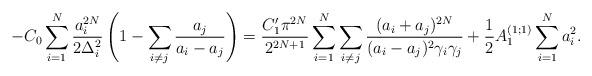
LaTeX: \begin{align*}-C_{0} \sum^{N}_{i=1} \frac{a^{2N}_{i}}{2 \Delta^{2}_{i}} \left(1 - \sum_{i \neq j} \frac{a_{j}}{a_{i} - a_{j}} \right) = \frac{C^{\prime}_{1} \pi^{2N}}{2^{2N+1}} \sum^{N}_{i=1} \sum_{i \neq j} \frac{(a_{i} + a_{j})^{2N}}{ (a_{i} - a_{j})^{2} \gamma_{i} \gamma_{j}} + \frac{1}{2} A^{(1;1)}_{1} \sum^{N}_{i=1} a^{2}_{i}. \end{align*}